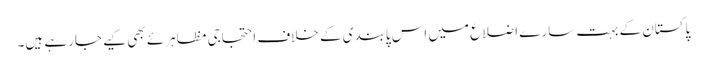
پاکستان کے بہت سارے اضلاع میں اس پابندی کے خلاف احتجاجی مظاہرئے بھی کیے جارہے ہیں۔